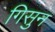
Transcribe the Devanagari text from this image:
गिसुन